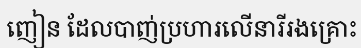
ញៀន ដែលបាញ់ប្រហារលើនារីរងគ្រោះ